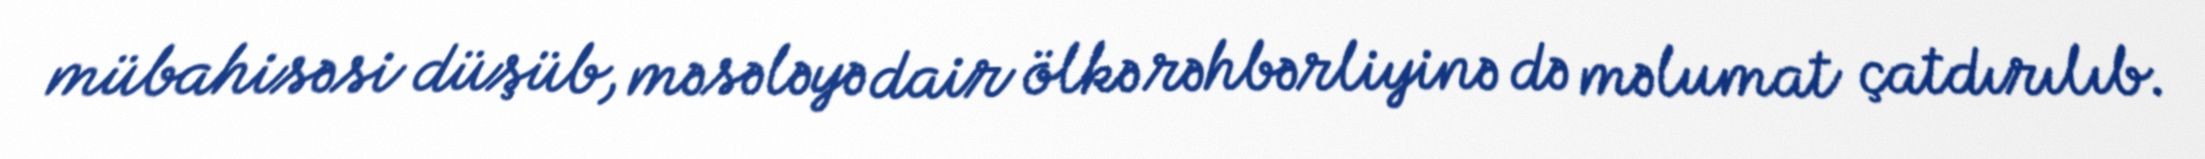
mübahisəsi düşüb, məsələyə dair ölkə rəhbərliyinə də məlumat çatdırılıb.